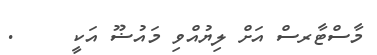
މާސްޓާރސް އަށް ލިޔުއްވި މައުޟޫ އަކީ     .